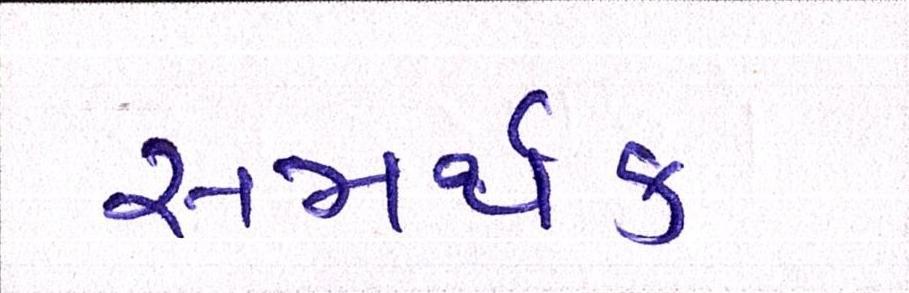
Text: સમર્થક